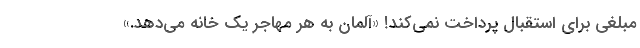
مبلغی برای استقبال پرداخت نمی‌کند! «آلمان به هر مهاجر یک خانه می‌دهد.»